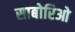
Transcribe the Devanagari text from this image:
साबोरिओ